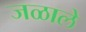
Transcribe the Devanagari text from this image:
जळाले